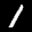
Label: 1